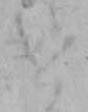
け